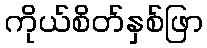
ကိုယ်စိတ်နှစ်ဖြာ